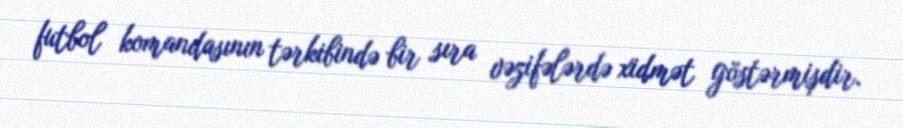
futbol komandasının tərkibində bir sıra vəzifələrdə xidmət göstərmişdir.